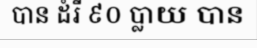
បាន ដំរី ៩០ ប្លាយ បាន